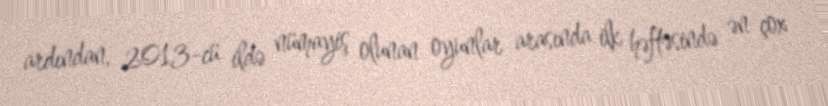
ardından, 2013-cü ildə nümayiş olunan oyunlar arasında ilk həftəsində ən çox